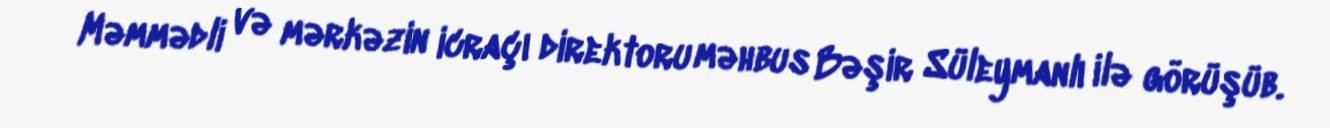
Məmmədli və mərkəzin icraçı direktoru məhbus Bəşir Süleymanlı ilə görüşüb.